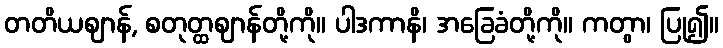
တတိယဈာန်, စတုတ္ထဈာန်တို့ကို။ ပါဒကာနိ၊ အခြေခံတို့ကို။ ကတွာ၊ ပြု၍။